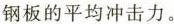
钢板的平均冲击力。